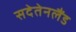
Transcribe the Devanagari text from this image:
सदेतेनलैंड